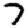
Digit: 7